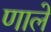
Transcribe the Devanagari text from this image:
णाले